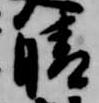
晴